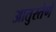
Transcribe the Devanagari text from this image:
आतुरतेणे